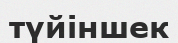
түйіншек